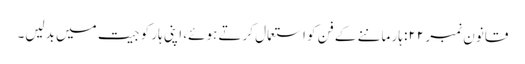
قانون نمبر ۲۲: ہار ماننے کے فن کو استعمال کرتے ہوئے، اپنی ہار کو جیت میں بدلیں۔